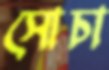
সোচা